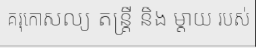
គរុកោសល្យ តន្ត្រី និង ម្តាយ របស់